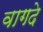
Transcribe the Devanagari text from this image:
वागदे